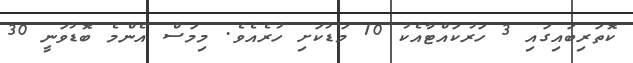
ކޮތަރިބައިގައި 3 ހަރުކައްޓާއެކު 10 މަޑުކަށި ހުރެއެވެ. މިމަސް އެންމެ ބޮޑުވަނީ 30